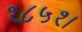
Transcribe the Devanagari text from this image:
१८५१।